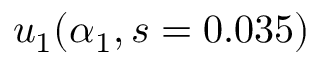
u _ { 1 } ( \alpha _ { 1 } , s = 0 . 0 3 5 )